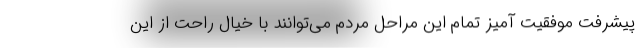
پیشرفت موفقیت آمیز تمام این مراحل مردم می‌توانند با خیال راحت از این